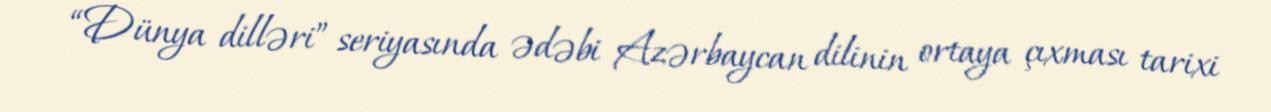
“Dünya dilləri” seriyasında ədəbi Azərbaycan dilinin ortaya çıxması tarixi